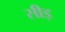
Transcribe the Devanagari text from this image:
सीड़